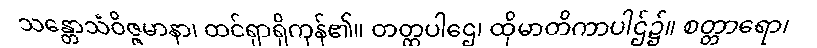
သန္တောသံဝိဇ္ဇမာနာ၊ ထင်ရှာရှိကုန်၏။ တတ္ထပါဌေ၊ ထိုမာတိကာပါဌ်၌။ စတ္တာရော၊